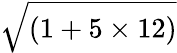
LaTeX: \sqrt{(1+5\times 12)}